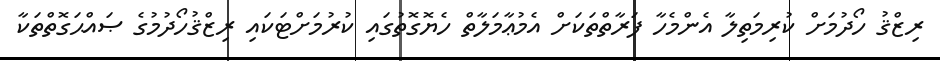
ރިޒްޤު ހޯދުމަށް ކުރިމަތިލާ އެންމެހާ ފަރާތްތަކަށް އެމުޢާމަލާތް ހެޔޮގޮތުގައި ކުރުމަށްޓަކައި ރިޒްޤުހޯދުމުގެ ޞައްޙަގޮތްތަކާ